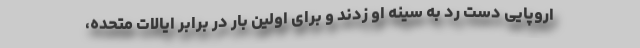
اروپایی دست رد به سینه او زدند و برای اولین بار در برابر ایالات متحده،